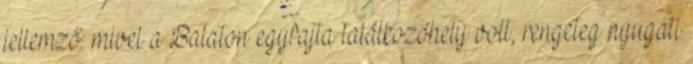
jellemző: mivel a Balaton egyfajta találkozóhely volt, rengeteg nyugati